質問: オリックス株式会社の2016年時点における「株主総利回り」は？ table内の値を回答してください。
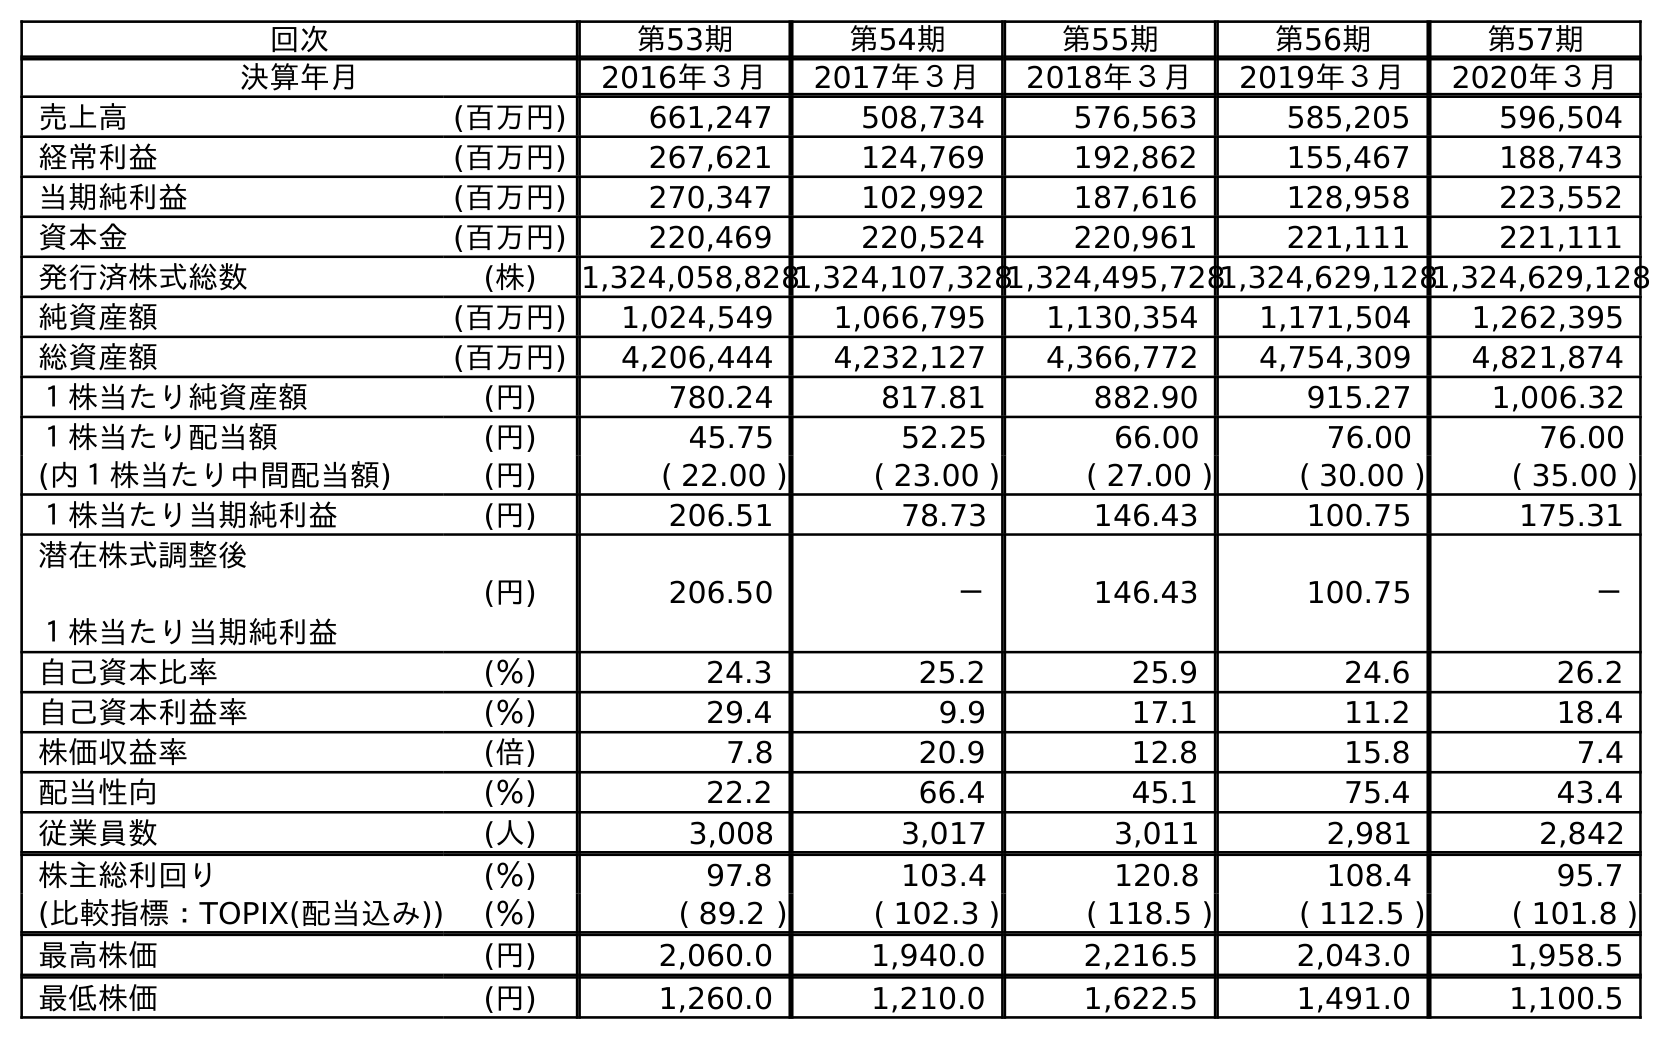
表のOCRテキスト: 回次 第53期 第54期 第55期 第56期 第57期 決算年月 2016年３月 2017年３月 2018年３月 2019年３月 2020年３月 売上高 (百万円) 661,247 508,734 576,563 585,205 596,504 経常利益 (百万円) 267,621 124,769 192,862 155,467 188,743 当期純利益 (百万円) 270,347 102,992 187,616 128,958 223,552 資本金 (百万円) 220,469 220,524 220,961 221,111 221,111 発行済株式総数 (株) 1,324,058,8281,324,107,3281,324,495,7281,324,629,1281,324,629,128 純資産額 (百万円) 1,024,549 1,066,795 1,130,354 1,171,504 1,262,395 総資産額 (百万円) 4,206,444 4,232,127 4,366,772 4,754,309 4,821,874 １株当たり純資産額 (円) 780.24 817.81 882.90 915.27 1,006.32 １株当たり配当額 (円) 45.75 52.25 66.00 76.00 76.00 (内１株当たり中間配当額) (円) ( 22.00 ) ( 23.00 ) ( 27.00 ) ( 30.00 ) ( 35.00 ) １株当たり当期純利益 (円) 206.51 78.73 146.43 100.75 175.31 潜在株式調整後 １株当たり当期純利益 (円) 206.50 － 146.43 100.75 － 自己資本比率 (％) 24.3 25.2 25.9 24.6 26.2 自己資本利益率 (％) 29.4 9.9 17.1 11.2 18.4 株価収益率 (倍) 7.8 20.9 12.8 15.8 7.4 配当性向 (％) 22.2 66.4 45.1 75.4 43.4 従業員数 (人) 3,008 3,017 3,011 2,981 2,842 株主総利回り (％) 97.8 103.4 120.8 108.4 95.7 (比較指標：TOPIX(配当込み)) (％) ( 89.2 ) ( 102.3 ) ( 118.5 ) ( 112.5 ) ( 101.8 ) 最高株価 (円) 2,060.0 1,940.0 2,216.5 2,043.0 1,958.5 最低株価 (円) 1,260.0 1,210.0 1,622.5 1,491.0 1,100.5
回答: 97.8